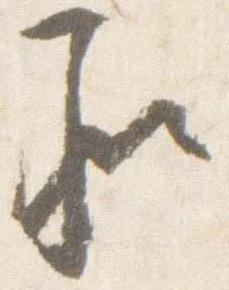
承